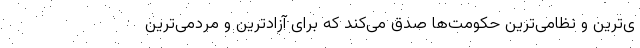
ی‌ترین و نظامی‌ترین حکومت‌ها صدق می‌کند که برای آزادترین و مردمی‌ترین